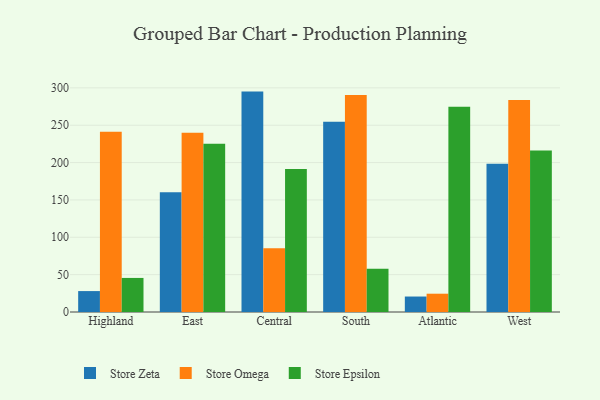
{"axis": {"x": "Region", "y": "Headcount"}, "legend": ["Store Epsilon", "Store Omega", "Store Zeta"], "data": [{"x": "Highland", "y": 28.0, "type": "Store Zeta"}, {"x": "Highland", "y": 241.3, "type": "Store Omega"}, {"x": "Highland", "y": 45.6, "type": "Store Epsilon"}, {"x": "East", "y": 160.4, "type": "Store Zeta"}, {"x": "East", "y": 239.9, "type": "Store Omega"}, {"x": "East", "y": 225.1, "type": "Store Epsilon"}, {"x": "Central", "y": 295.0, "type": "Store Zeta"}, {"x": "Central", "y": 85.4, "type": "Store Omega"}, {"x": "Central", "y": 191.5, "type": "Store Epsilon"}, {"x": "South", "y": 254.6, "type": "Store Zeta"}, {"x": "South", "y": 290.6, "type": "Store Omega"}, {"x": "South", "y": 57.8, "type": "Store Epsilon"}, {"x": "Atlantic", "y": 20.7, "type": "Store Zeta"}, {"x": "Atlantic", "y": 24.5, "type": "Store Omega"}, {"x": "Atlantic", "y": 274.8, "type": "Store Epsilon"}, {"x": "West", "y": 198.5, "type": "Store Zeta"}, {"x": "West", "y": 283.8, "type": "Store Omega"}, {"x": "West", "y": 216.2, "type": "Store Epsilon"}]}